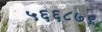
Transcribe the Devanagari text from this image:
५६६८७९